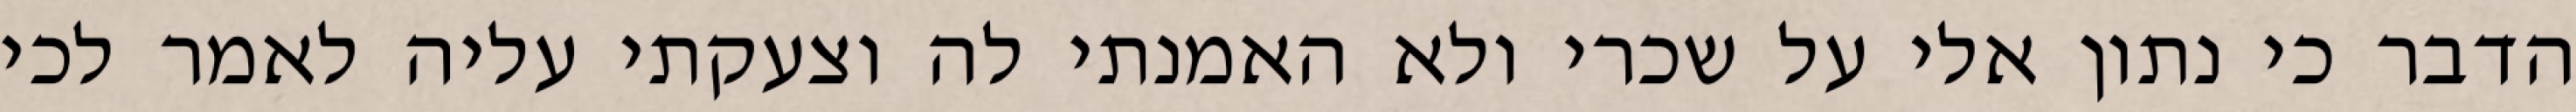
הדבר כי נתון אלי על שכרי ולא האמנתי לה וצעקתי עליה לאמר לכי